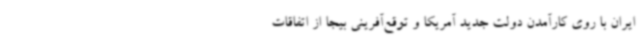
ایران با روی کارآمدن دولت جدید آمریکا و توقع‌آفرینی بیجا از اتفاقات